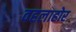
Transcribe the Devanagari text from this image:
वहलाहोर